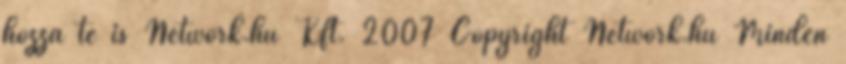
hozzá te is Network.hu Kft. 2007 Copyright Network.hu Minden